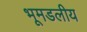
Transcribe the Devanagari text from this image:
भूमडलीय